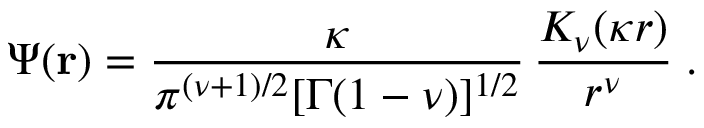
\Psi ( { \bf r } ) = \frac { \kappa } { \pi ^ { ( \nu + 1 ) / 2 } [ \Gamma ( 1 - \nu ) ] ^ { 1 / 2 } } \, \frac { K _ { \nu } ( \kappa r ) } { r ^ { \nu } } \; .